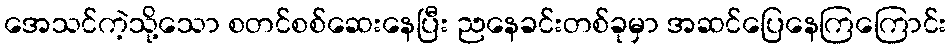
အေသင်ကဲ့သို့သော စတင်စစ်ဆေးနေပြီး ညနေခင်းတစ်ခုမှာ အဆင်ပြေနေကြကြောင်း